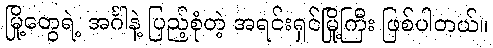
မြို့တွေရဲ့ အင်္ဂါနဲ့ ပြည့်စုံတဲ့ အရင်းရှင်မြို့ကြီး ဖြစ်ပါတယ်။